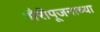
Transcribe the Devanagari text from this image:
गौरीपूजनाच्या